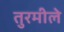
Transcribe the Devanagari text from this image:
तुरमीले